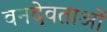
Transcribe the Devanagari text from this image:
वनदेवताओं